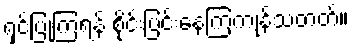
ရှင်ပြုကြရန် စိုင်းပြင်းနေကြကုန်သတတ်။